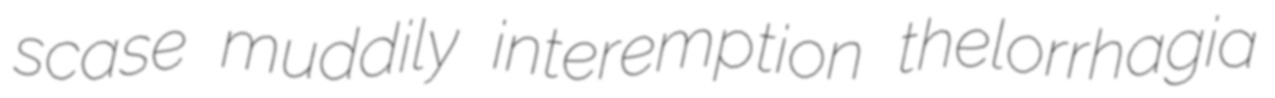
scase muddily interemption thelorrhagia